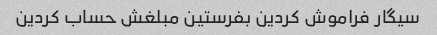
سیگار فراموش کردین بفرستین مبلغش حساب کردین